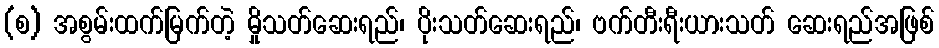
(စ) အစွမ်းထက်မြက်တဲ့ မှိုသတ်ဆေးရည်၊ ပိုးသတ်ဆေးရည်၊ ဗက်တီးရီးယားသတ် ဆေးရည်အဖြစ်